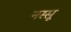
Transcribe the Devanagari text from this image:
नस्सू